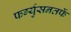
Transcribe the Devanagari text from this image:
फर्ग्युसनतर्फे